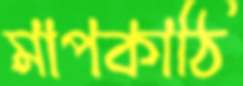
মাপকাঠি